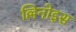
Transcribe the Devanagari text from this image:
ल्लिनोइस